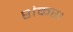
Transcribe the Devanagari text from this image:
शंकर।